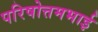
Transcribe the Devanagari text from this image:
परिषोत्तमभाई